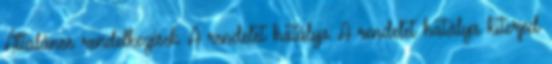
Általános rendelkezések A rendelet hatálya A rendelet hatálya kiterjed